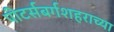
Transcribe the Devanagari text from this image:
पीटर्सबर्गशहराच्या